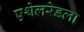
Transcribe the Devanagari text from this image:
एथेलरेडला